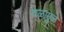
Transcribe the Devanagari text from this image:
दळामुळे